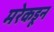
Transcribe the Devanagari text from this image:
मरेकडून